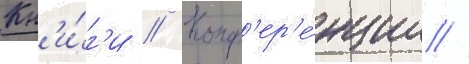
Кн'и́г'и // Конф'ер'е́нции //